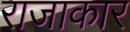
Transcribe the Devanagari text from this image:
राजाकार